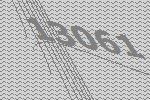
13061